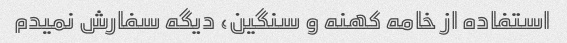
استفاده از خامه کهنه و سنگین، دیگه سفارش نمیدم